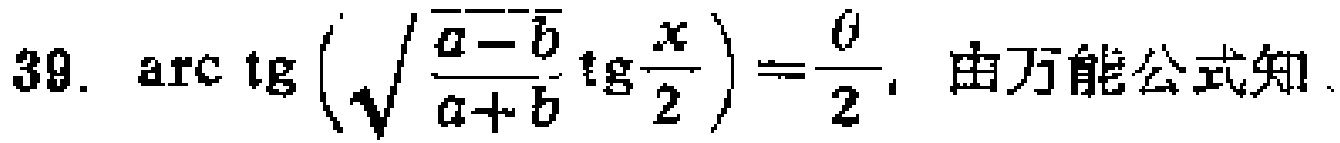
\(39.\ \mathrm{arc}\tg\left(\sqrt{\frac{a - b}{a + b}}\tg\frac{x}{2}\right)=\frac{\theta}{2},\ 由万能公式知\)